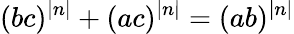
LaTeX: (bc)^{|n|}+(ac)^{|n|}=(ab)^{|n|}